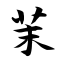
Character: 茉